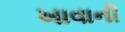
ખાવાની